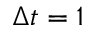
\Delta t = 1